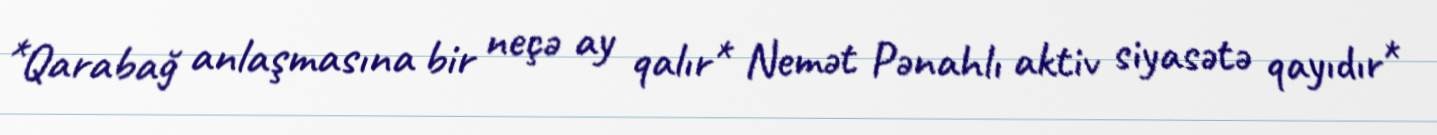
*Qarabağ anlaşmasına bir neçə ay qalır* Nemət Pənahlı aktiv siyasətə qayıdır*